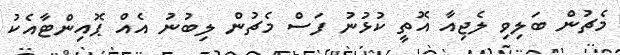
މެޗުން ބަލިވި ލެޖިއާ އޮތީ ކުޅުނު ފަސް މެޗުން ލިބުނު އެއް ޕޮއިންޓާއެކު